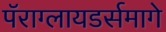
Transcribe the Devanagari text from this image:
पॅराग्लायडर्समागे